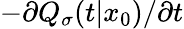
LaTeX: -\partial Q_{\sigma}(t|x_{0})/\partial t